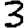
Digit: 3